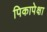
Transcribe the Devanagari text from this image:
पिकापेक्षा